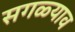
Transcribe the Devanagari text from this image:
सगळ्याव